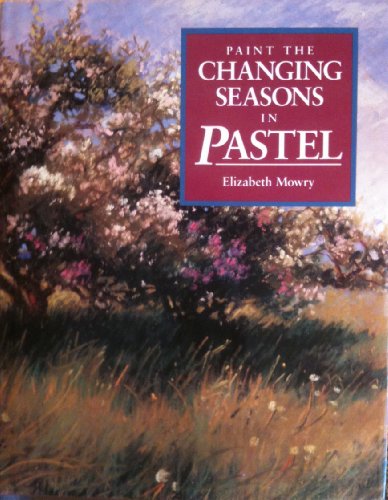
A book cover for Paint the Changing Seasons in Pastel; Elizabeth Mowry; Arts & Photography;